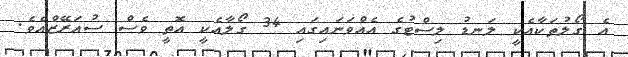
އެ ގޯލުތަކާއެކީ ލަނޑު ލިސްޓުގެ އެއްވަނައިގައި 34 ގޯލާއެކީ އޮތީ ވެސް ސުއަރޭޒްއެވެ.